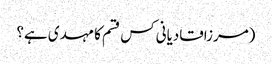
(مرزاقادیانی کس قسم کا مہدی ہے؟